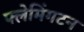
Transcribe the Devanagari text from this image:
फ्लेमिंगटन